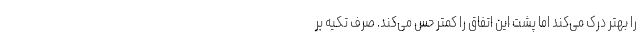
را بهتر درک می‌کند اما پشت این اتفاق را کمتر حس می‌کند. صرف تکیه بر